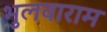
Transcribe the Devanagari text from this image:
भुलवाराम